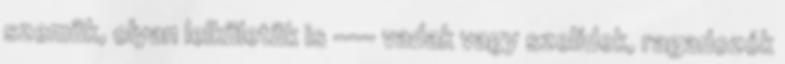
szemük, olyan lelkületük is --- vadak vagy szelídek, ragadozók